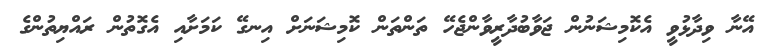
އޭނާ ވިދާޅުވީ އެކޮމިޝަނުން ޖަވާބުދާރީވާންޖެހޭ ތަންތަން ކޮމިޝަނަށް އިނގޭ ކަމަށާއި އެގޮތުން ރައްޔިތުންގެ